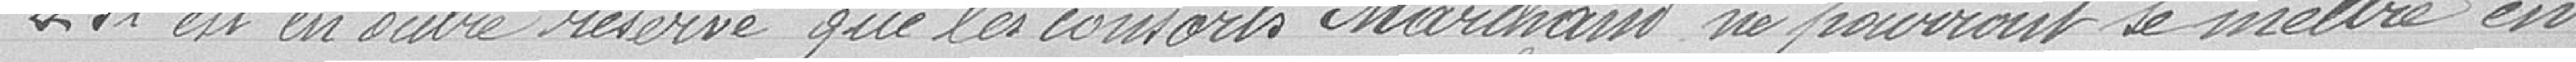
" Il est en outre réservé que les consorts Marchand ne pourront se mettre en